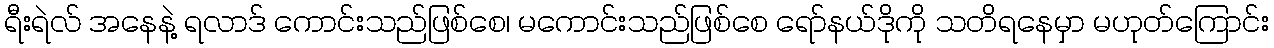
ရီးရဲလ် အနေနဲ့ ရလာဒ် ကောင်းသည်ဖြစ်စေ၊ မကောင်းသည်ဖြစ်စေ ရော်နယ်ဒိုကို သတိရနေမှာ မဟုတ်ကြောင်း